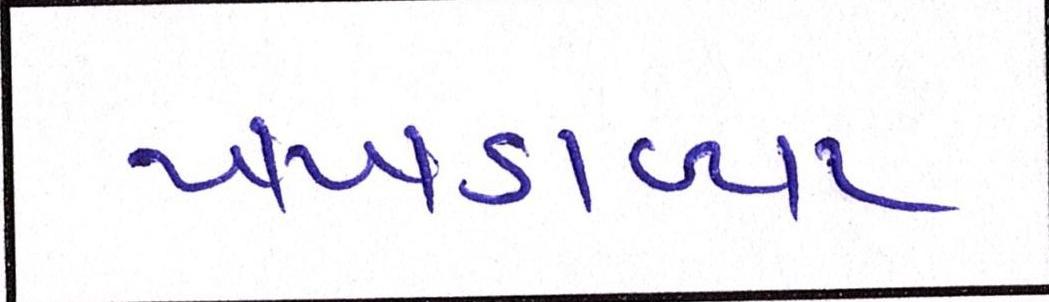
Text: ખખડાવ્યા